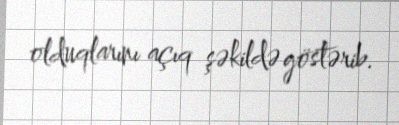
olduqlarını açıq şəkildə göstərib.